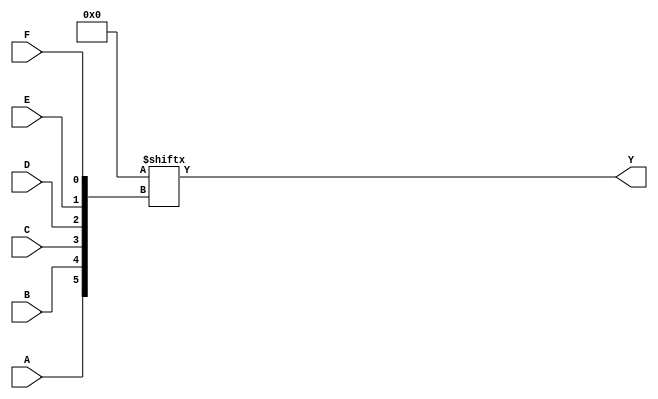
module kmap_6var (
    input wire A, // Variable A
    input wire B, // Variable B
    input wire C, // Variable C
    input wire D, // Variable D
    input wire E, // Variable E
    input wire F, // Variable F
    output wire Y // Output Y
);

// K-map implementation
// The K-map is represented as a 64-bit vector where each bit corresponds to a cell in the K-map
// You can fill this vector based on the minterms of your specific function

// Example K-map filling (replace with actual minterms)
reg [63:0] kmap = 64'b0000000000000000000000000000000000000000000000000000000000000000; // Example: All 0s

// Define the output based on the K-map
assign Y = kmap[{A, B, C, D, E, F}];

endmodule